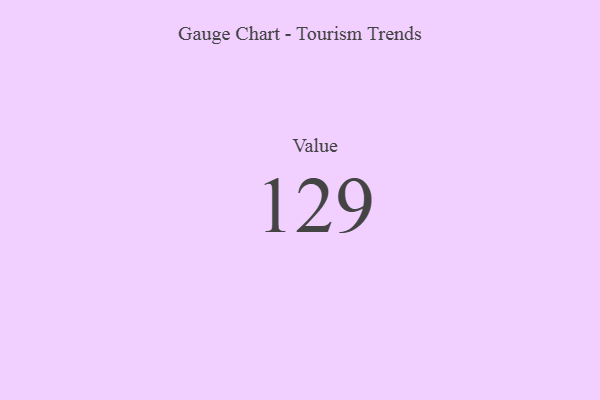
{"axis": {"x": "Metric", "y": "Value"}, "legend": [""], "data": [{"x": "Value", "y": 129, "type": ""}]}